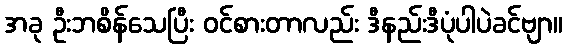
အခု ဦးဘစိန်သေပြီး ဝင်စားတာလည်း ဒီနည်းဒီပုံပါပဲခင်ဗျာ။